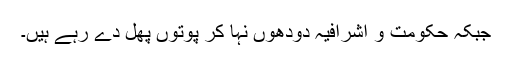
جبکہ حکومت و اشرافیہ دودھوں نہا کر پوتوں پھل دے رہے ہیں۔